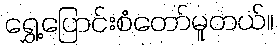
ရွှေ့ပြောင်းစံတော်မူတယ်။